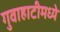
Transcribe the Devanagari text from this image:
गुवाहाटीमध्ये